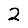
Digit: 2